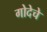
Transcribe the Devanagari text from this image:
गोदेचे